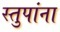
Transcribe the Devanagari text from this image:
स्तुपांना